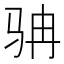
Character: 𩧬